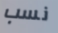
نسب